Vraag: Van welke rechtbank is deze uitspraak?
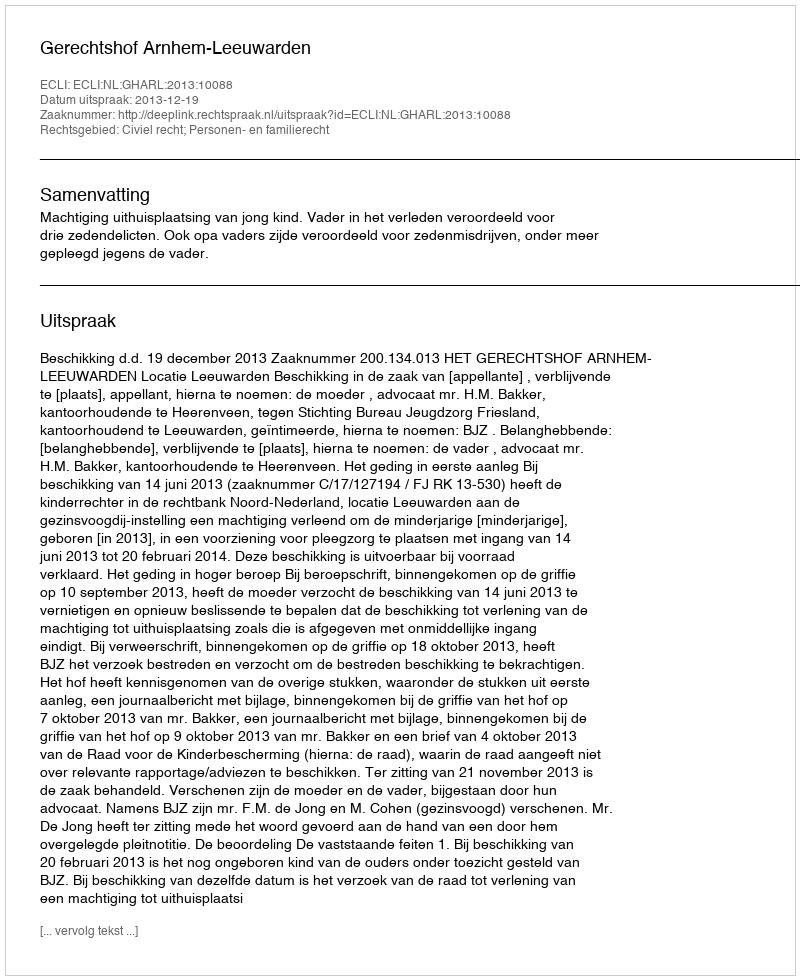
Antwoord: Gerechtshof Arnhem-Leeuwarden